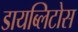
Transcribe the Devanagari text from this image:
डायब्लिटोस